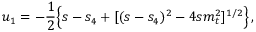
u _ { 1 } = - \frac { 1 } { 2 } \Big \{ s - s _ { 4 } + [ ( s - s _ { 4 } ) ^ { 2 } - 4 s m _ { t } ^ { 2 } ] ^ { 1 / 2 } \Big \} \, ,